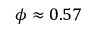
\phi \approx 0 . 5 7